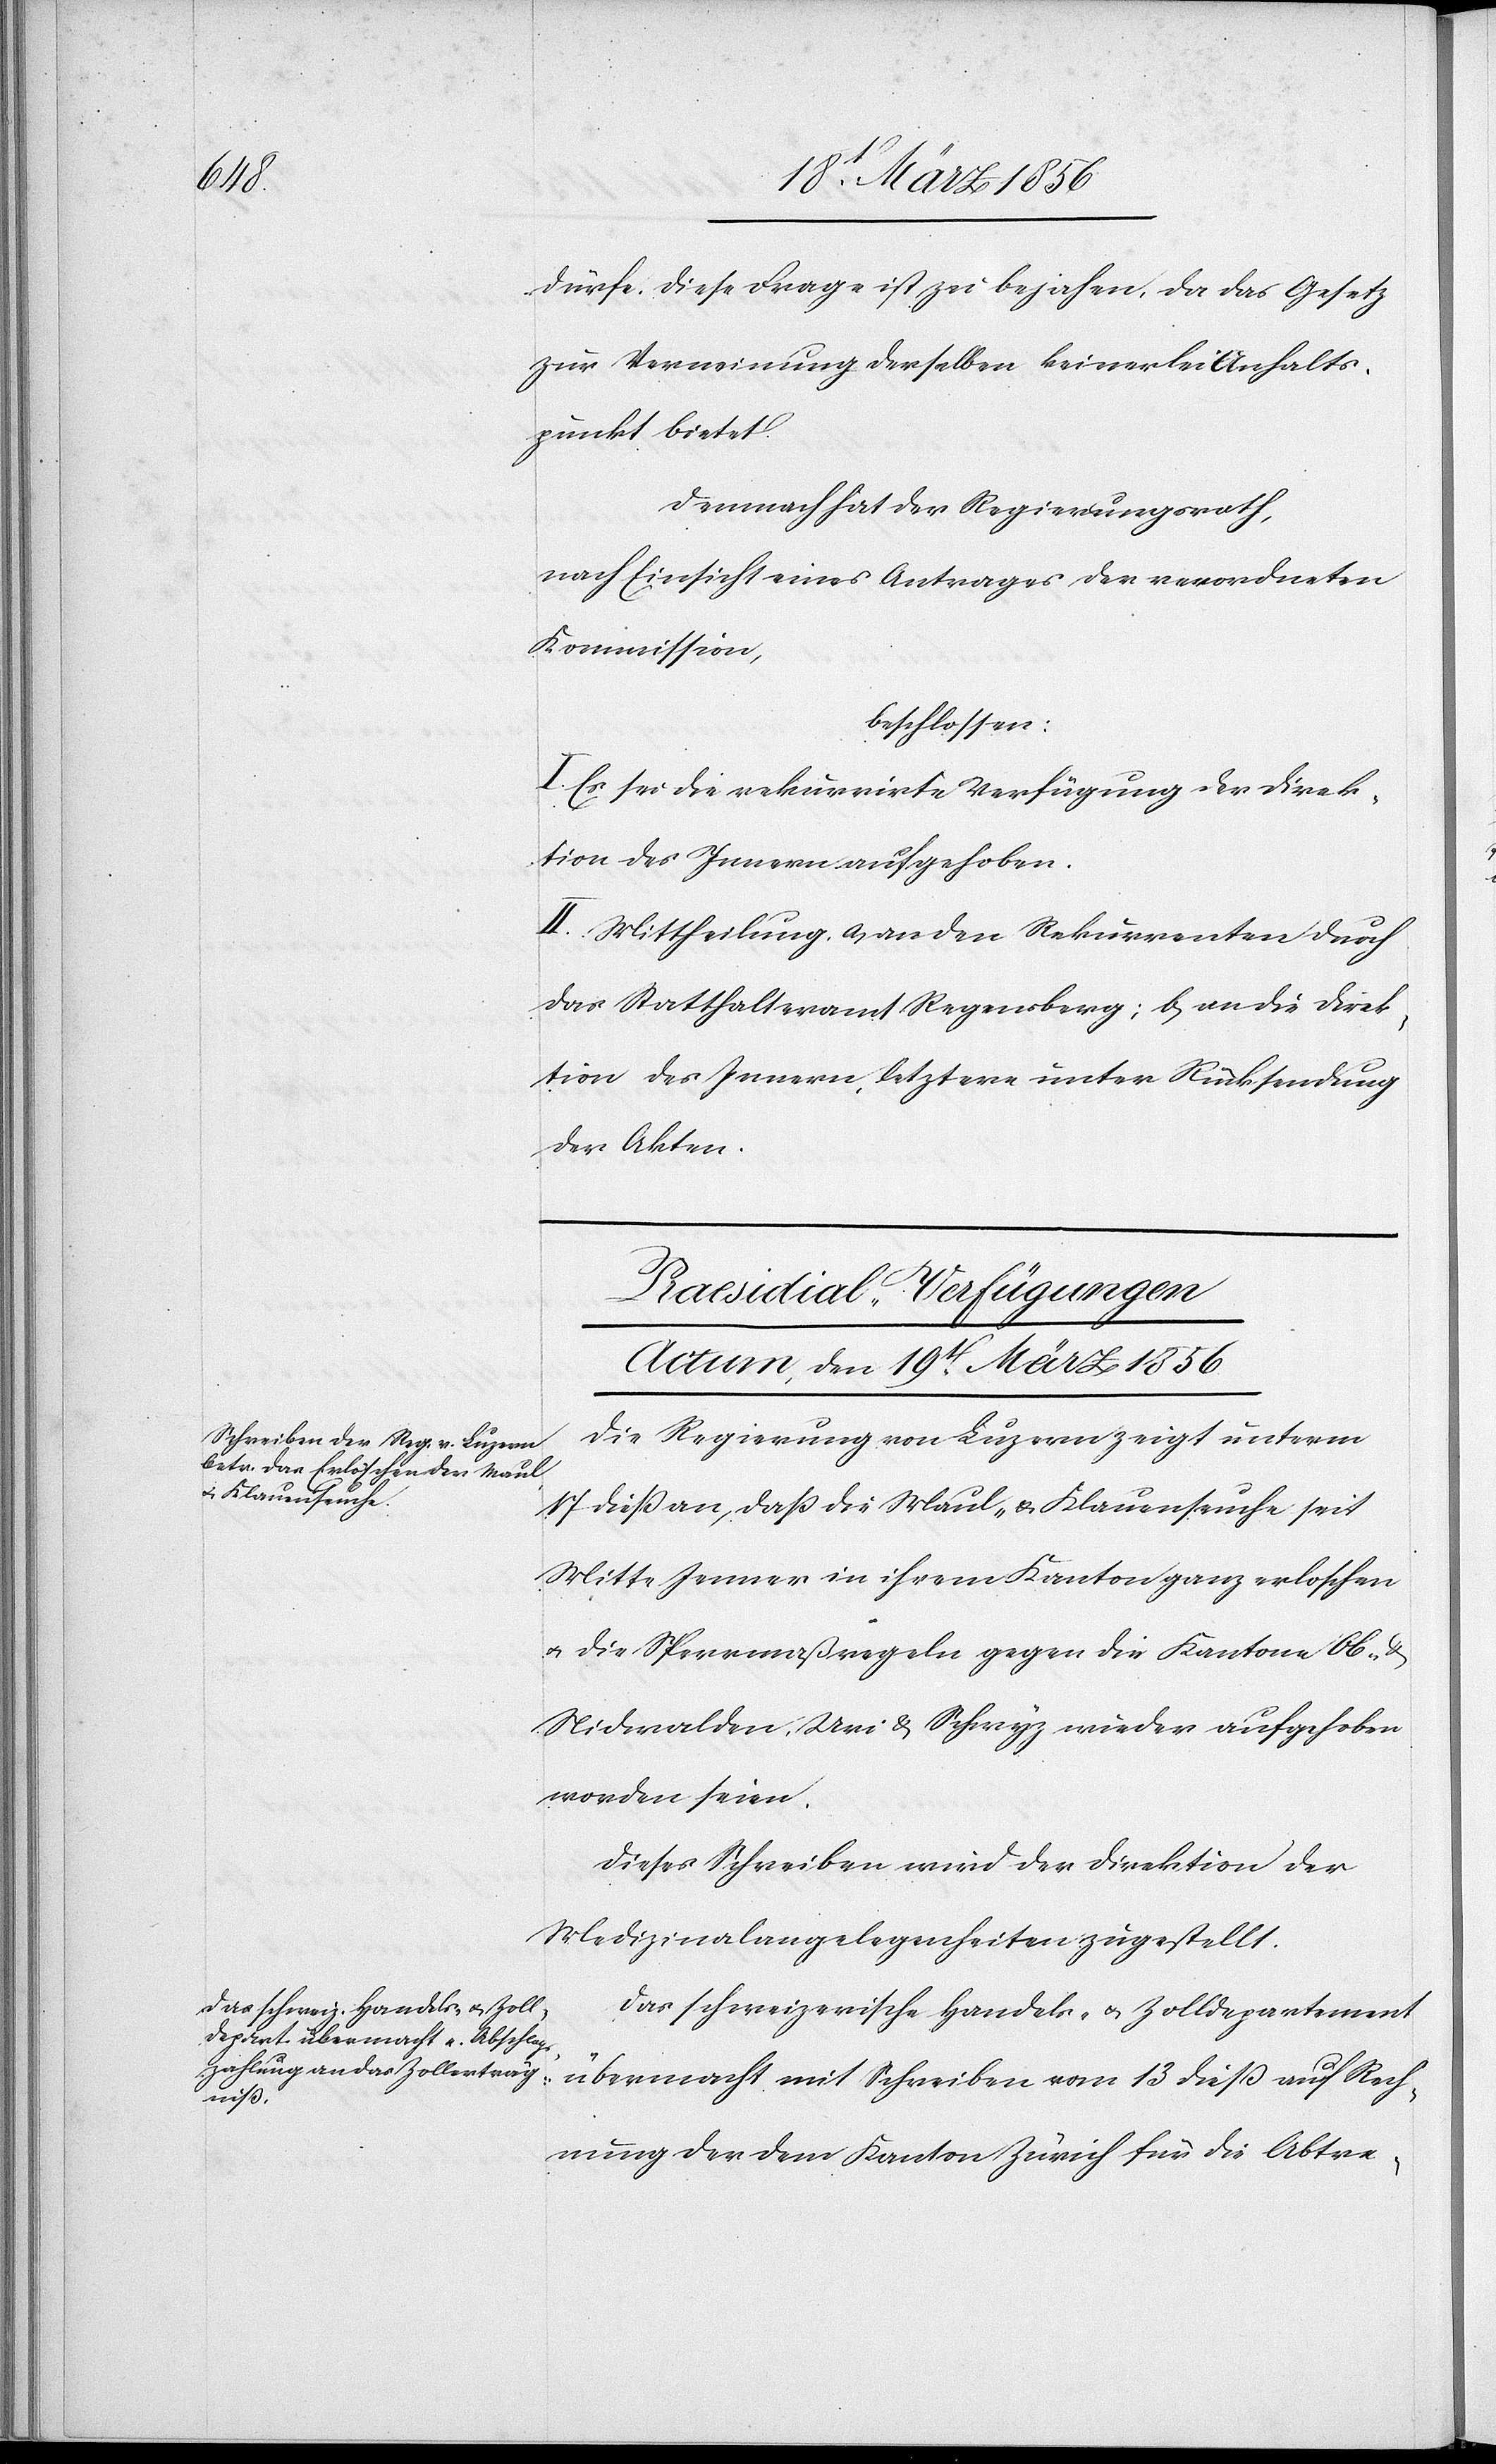
Rech¬

dürfe. Diese Frage ist zu bejahen, da das Gesetz
zur Verneinung derselben keinerlei Anhalts¬
punkt bietet.
Demnach hat der Regierungsrath,
nach Einsicht eines Antrages der verordneten
Kommission,
beschlossen:
I. Es sei die rekurrirte Verfügung der Direk¬
tion des Innern aufgehoben.
II. Mittheilung, a, an den Rekurrenten durch
das Statthalteramt Regensberg; b, an die Direk¬
tion des Innern, letztere unter Rücksendung
der Akten.
[Praesidial-Verfügungen
Actum, den 19t März 1856]
Die Regierung von Luzern zeigt unterm
17 dieß an, daß die Maul- & Klauenseuche seit
Mitte Jenner in ihrem Kanton ganz erloschen
u. die Sperrmaßregeln gegen die Kantone Ob- &
Nidwalden, Uri & Schwyz wieder aufgehoben
worden seien.
Dieses Schreiben wird der Direktion der
Medizinalangelegenheiten zugestellt.
Das schweizerische Handels- u. Zolldepartement
nung der dem Kanton Zürich für die Abtre-